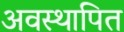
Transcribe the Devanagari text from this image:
अवस्थापित